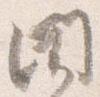
聞